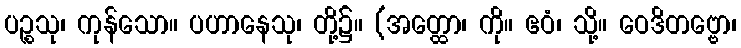
ပဉ္စသု၊ ကုန်သော။ ပဟာနေသု၊ တို့၌။ (အတ္ထော၊ ကို။ ဧဝံ၊ သို့။ ဝေဒိတဗ္ဗော၊